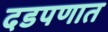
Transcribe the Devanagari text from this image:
दडपणात